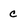
Character: C